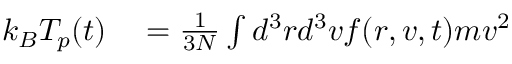
\begin{array} { r l } { k _ { B } T _ { p } ( t ) } & { { } = \frac { 1 } { 3 N } \int d ^ { 3 } r d ^ { 3 } v f ( \boldsymbol { r } , \boldsymbol { v } , t ) m \boldsymbol { v } ^ { 2 } } \end{array}